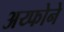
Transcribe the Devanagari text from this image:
अय्फोने